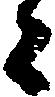
々